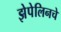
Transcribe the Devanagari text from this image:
झेपेलिनचे